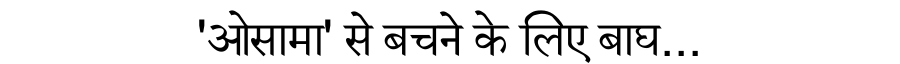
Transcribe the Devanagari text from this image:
'ओसामा' से बचने के लिए बाघ...